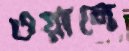
ওয়ালে